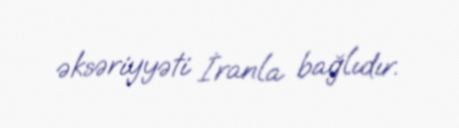
əksəriyyəti İranla bağlıdır.